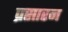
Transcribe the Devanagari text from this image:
प्रसारन